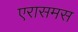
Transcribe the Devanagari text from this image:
एरासमस